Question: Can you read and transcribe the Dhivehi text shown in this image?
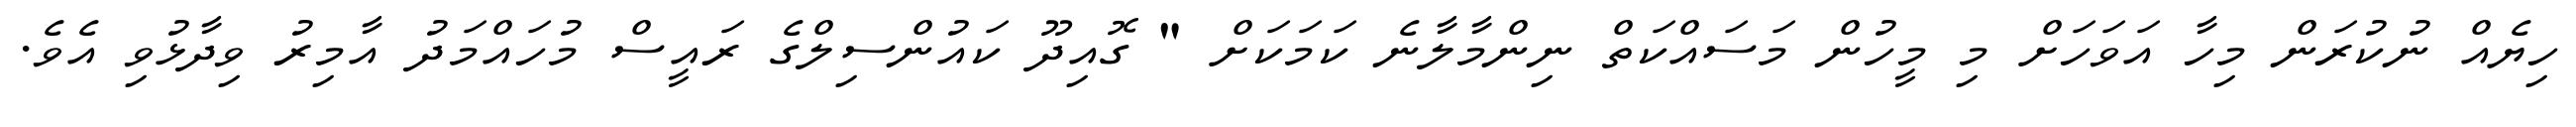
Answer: ހިޔެއް ނުކުރަން މިހާ އަވަހަށް މި މީހުން މަސައްކަތް ނިންމާލާނެ ކަމަކަށް " ގޮއިދޫ ކައުންސިލްގެ ރައީސް މުހައްމަދު އާމިރު ވިދާޅުވި އެވެ.